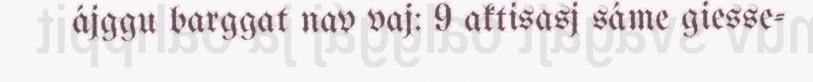
ájggu barggat nav vaj: 9 aktisasj sáme giesse-